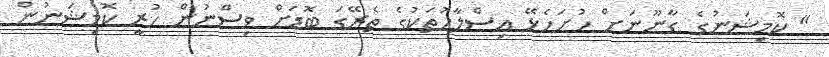
" ކޮމިޝަނުގެ ގާނޫނަށް ހުށަހެޅޭ އިސްލާހުތަކުގެ ތެރޭގަ ބޮޑަށް ވިސްނުން ހުރީ ކޮމިޝަނުން